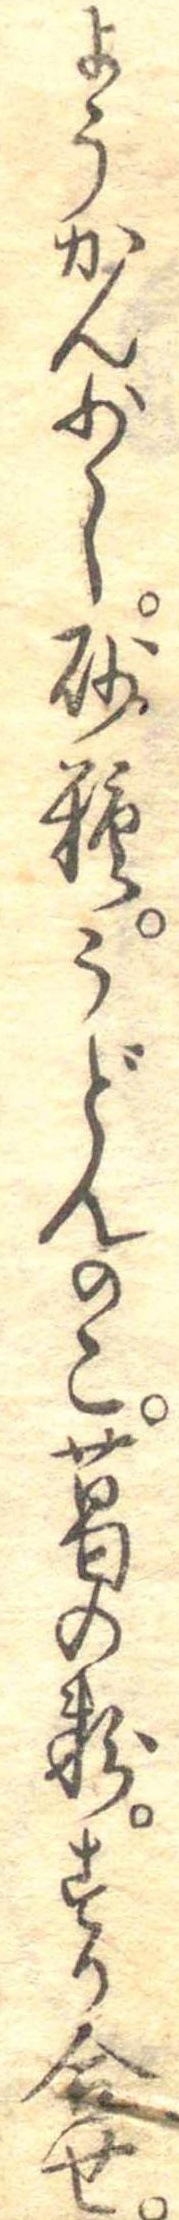
ようかん少し砂糖うどんのこ葛の粉すり合せ